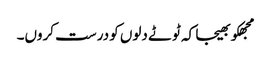
مجھکو بھیجا کہ ٹوٹے دلوں کو درست کروں۔